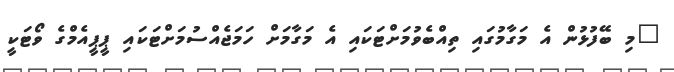
"މި ބޭފުޅުން އެ މަގާމުގައި ތިއްބެވުމަށްޓަކައި އެ މަގާމަށް ހަމަޖެއްސުމަށްޓަކައި ޕީޕީއެމްގެ ވޯޓަކީ